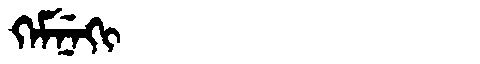
Manchu: ᡴᡝᠮᠨᡝᡴᡳ
Romanization: KEMNEKI